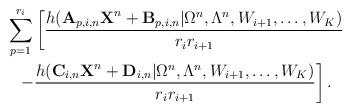
LaTeX: \begin{align*}&\sum_{p=1}^{r_i}\left[\frac{h(\textbf{A}_{p,i,n}\textbf{X}^n+\textbf{B}_{p,i,n}|\Omega^n,\Lambda^n,W_{i+1},\ldots,W_K)}{r_ir_{i+1}}\right.\\&\ \ \left.-\frac{h(\textbf{C}_{i,n}\textbf{X}^n+\textbf{D}_{i,n}|\Omega^n,\Lambda^n,W_{i+1},\ldots,W_K)}{r_ir_{i+1}} \right].\end{align*}